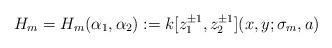
LaTeX: \begin{align*} H_m=H_m(\alpha_1,\alpha_2):=k[z_1^{\pm1},z_2^{\pm1}](x,y;\sigma_m,a) \end{align*}